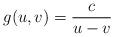
LaTeX: \begin{gather*}g(u,v) = \frac{c}{u-v}\end{gather*}